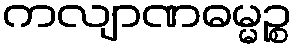
ကလျာဏဓမ္မဉ္စ